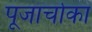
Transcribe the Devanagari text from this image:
पूजार्चाका